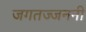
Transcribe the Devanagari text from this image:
जगतज्जननी